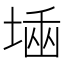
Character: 𡎫